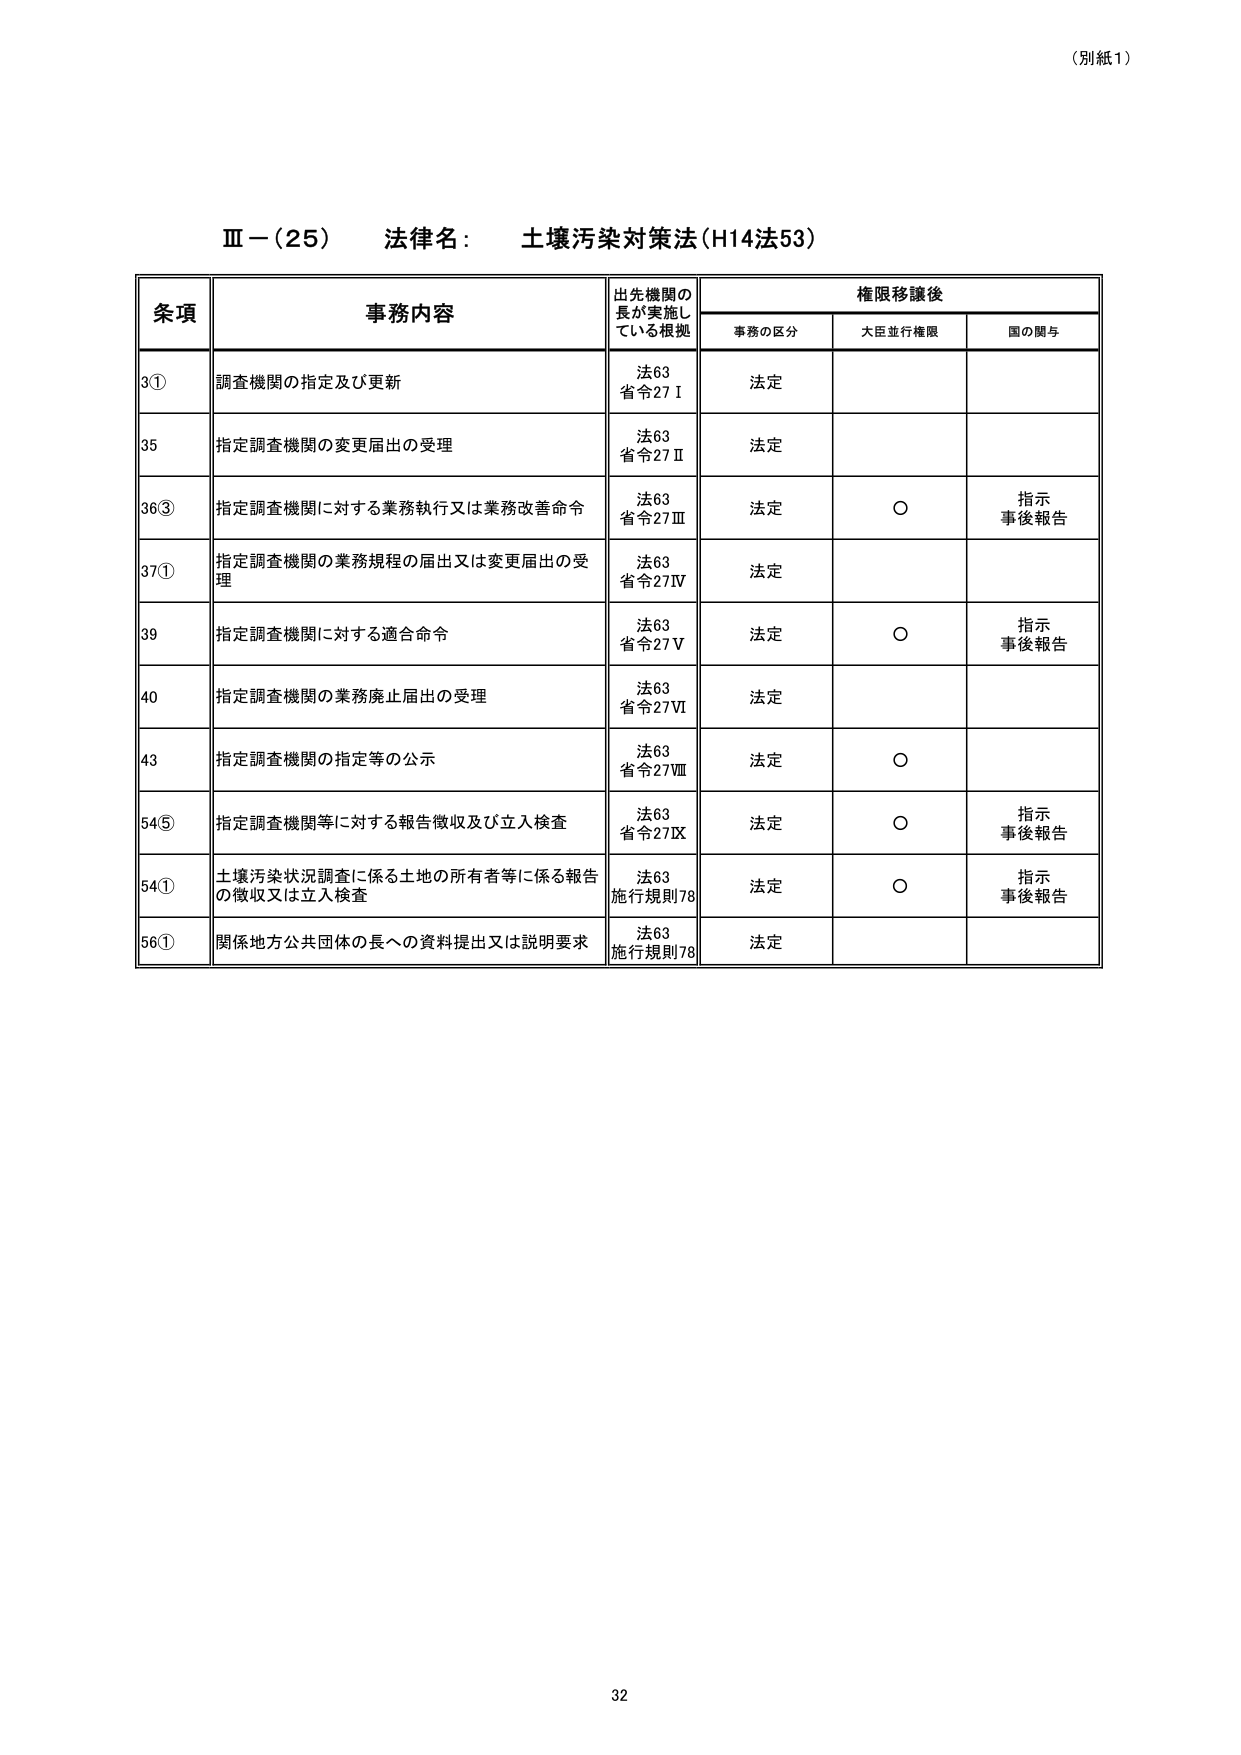
（別紙1）

Ⅲ－（25） 法律名： 土壌汚染対策法（H14法53）

条項 事務内容 出先機関の長が実施している根拠 権限移譲後